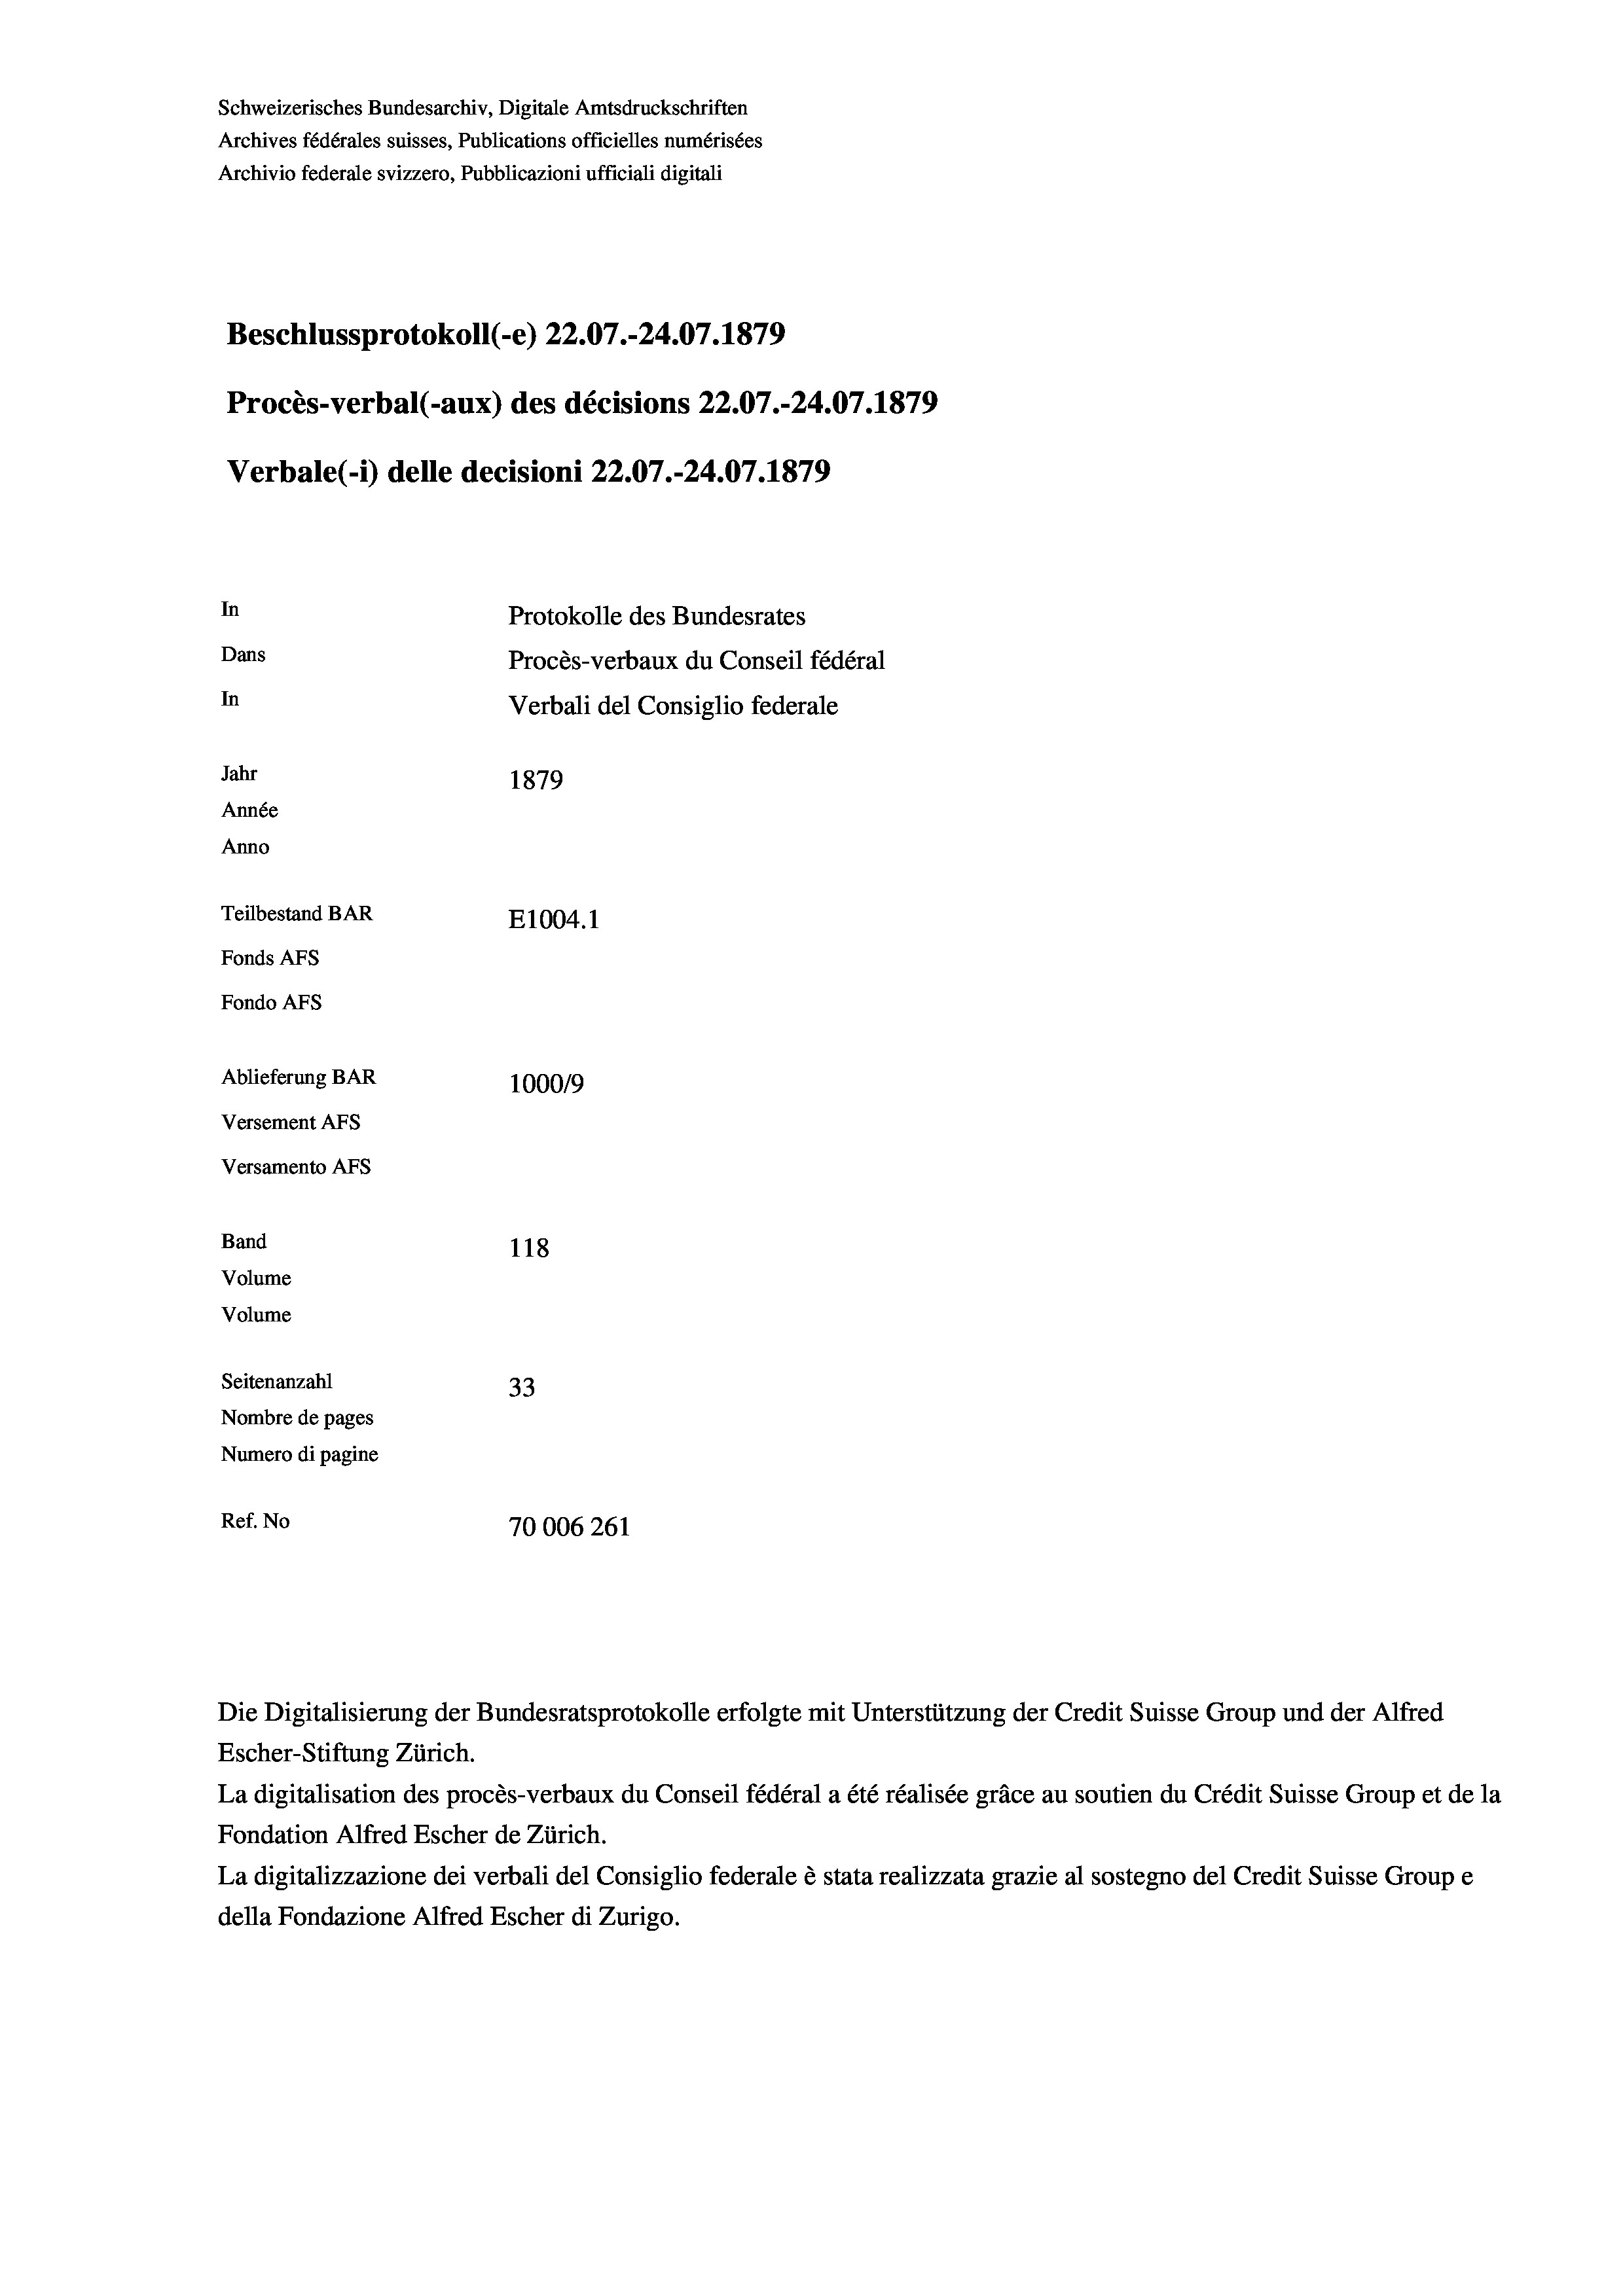
Schweizerisches Bundesarchiv, Digitale Amtsdruckschriften
Archives fédérales suisses, Publications officielles numérisées
Archivio federale svizzero, Pubblicazioni ufficiali digitali
Beschlussprotokoll (-e) 22.07.-24.07. 1879
Procès-verbal (-aux) des décisions 22.07.-24.07. 1879
Verbale (1) delle decisioni 22.07.-24.07. 1879
In
Protokolle des Bundesrates
Dans
Procès-verbaux du Conseil fédéral
In
Verbali del Consiglio federale
Jahr
1879
Année
Anno
Teilbestand BAR
E1004. 1
Fonds AFs
Fondo AFS
Ablieferung BAR
100019
Versement AFs
Versamento Afs
Band
118
Volume
Volume
Seitenanzahl
33
Nombre de pages
Numero di pagine
Ref. No
70006261

Die Digitalisierung der Bundesratsprotokolle erfolgte mit Unterstützung der Credit Suisse Group und der Alfred

Escher-Stiftung Zürich.
La digitalisation des procès-verbaux du Conseil fédéral a été réalisée gräce au soutien du Crédit Suisse Group et de la
Fondation Alfred Escher de Zürich.
La digitalizzazione dei verbali del Consiglio federale è stata realizzata grazie al sostegno del Credit Suisse Groupe
della Fondazione Alfred Escher di Zurigo.